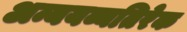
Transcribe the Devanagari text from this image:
अन्ययव्यतिरेक